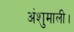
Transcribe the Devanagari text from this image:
अंशुमाली।